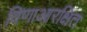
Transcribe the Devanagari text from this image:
विणाआरक्षित